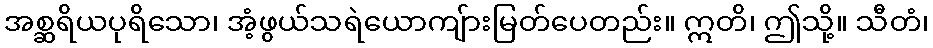
အစ္ဆရိယပုရိသော၊ အံ့ဖွယ်သရဲယောကျ်ားမြတ်ပေတည်း။ ဣတိ၊ ဤသို့။ သီတံ၊